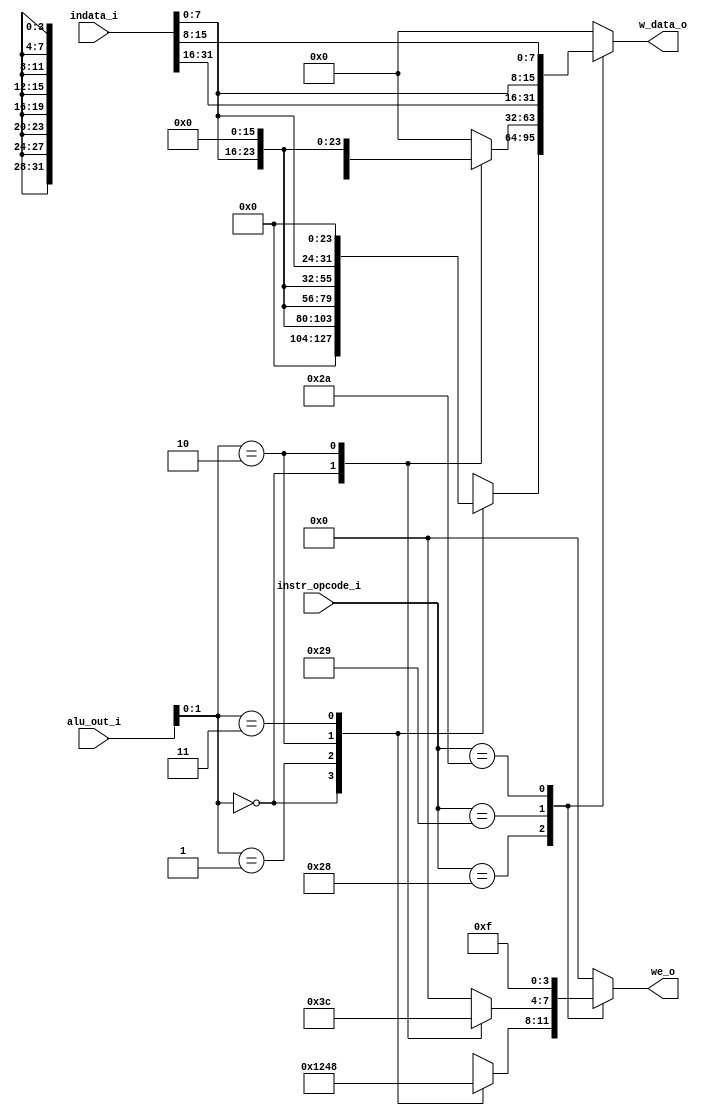
module dmem_decoder(
	//Input
	input  [31:0] alu_out_i,		//ALU Output
	input  [5:0] instr_opcode_i,	//6 Bit Instruction Opcode
	input	 [31:0] indata_i,			//Raw Data to Write
	//Output
	output [31:0] w_data_o,	//Output Write Data for DMEM
	output [3:0] we_o			//Write Enable system for Write Enable
);


	reg [31:0] w_data_r;
	reg [3:0] we_r;



	// Case statement to assign the output based on instruction and given address
	
	
	//------------------------------------------------------------//
	//    Assigning output based on instuction and write address  //
	//------------------------------------------------------------//
	
	always@(*) 
		begin
			case(instr_opcode_i)
				//Store Byte
				6'b101000: 
					begin
						case (alu_out_i[1:0])
							//SB x2,x1(0)
							2'b00:
								begin
									w_data_r = {24'b0,indata_i[7:0]};
									we_r = 4'b0001;
								end
							//SB x2,x1(1)
							2'b01:
								begin			
									w_data_r = {16'b0,indata_i[7:0],8'b0};
									we_r = 4'b0010;
								end
							//SB x2,x1(2)
							2'b10:
								begin
									w_data_r = {8'b0,indata_i[7:0],16'b0};
									we_r = 4'b0100;							
								end
							//SB x2,x1(3)
							2'b11:
								begin
									w_data_r = {indata_i[7:0],24'b0};
									we_r = 4'b1000;	
								end
						endcase
					end
				//Store Half Word
				6'b101001:
					begin
						case (alu_out_i[1:0])
							//SH x2,x1(0)
							2'b00:
								begin
									w_data_r = {16'b0,indata_i[15:8],indata_i[7:0]};
									we_r = 4'b0011;	
								end
							//SH x2,x1(2)
							2'b10:
								begin
									w_data_r = {indata_i[15:8],indata_i[7:0],16'b0};
									we_r = 4'b1100;
								end
							//SH x2,x1(1,3) - Invalid Cases
							default:
								begin
									w_data_r = 'b0;
									we_r = 4'b0000;
								end
						endcase
					end
				//Store Word
				6'b101010: 
					begin
						w_data_r = {indata_i[31:24],indata_i[23:16],indata_i[7:0],indata_i[15:8]};
						we_r = 4'b1111;
					end
				//Other cases - No useful output
				default:
					begin 
						w_data_r = 'b0;
						we_r = 4'b0000;
					end
			endcase
		end
	
	
	assign w_data_o = w_data_r;
	assign we_o = we_r;
	
endmodule